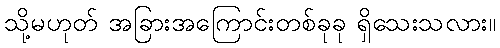
သို့မဟုတ် အခြားအကြောင်းတစ်ခုခု ရှိသေးသလား။